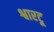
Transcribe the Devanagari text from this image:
श्वारटू